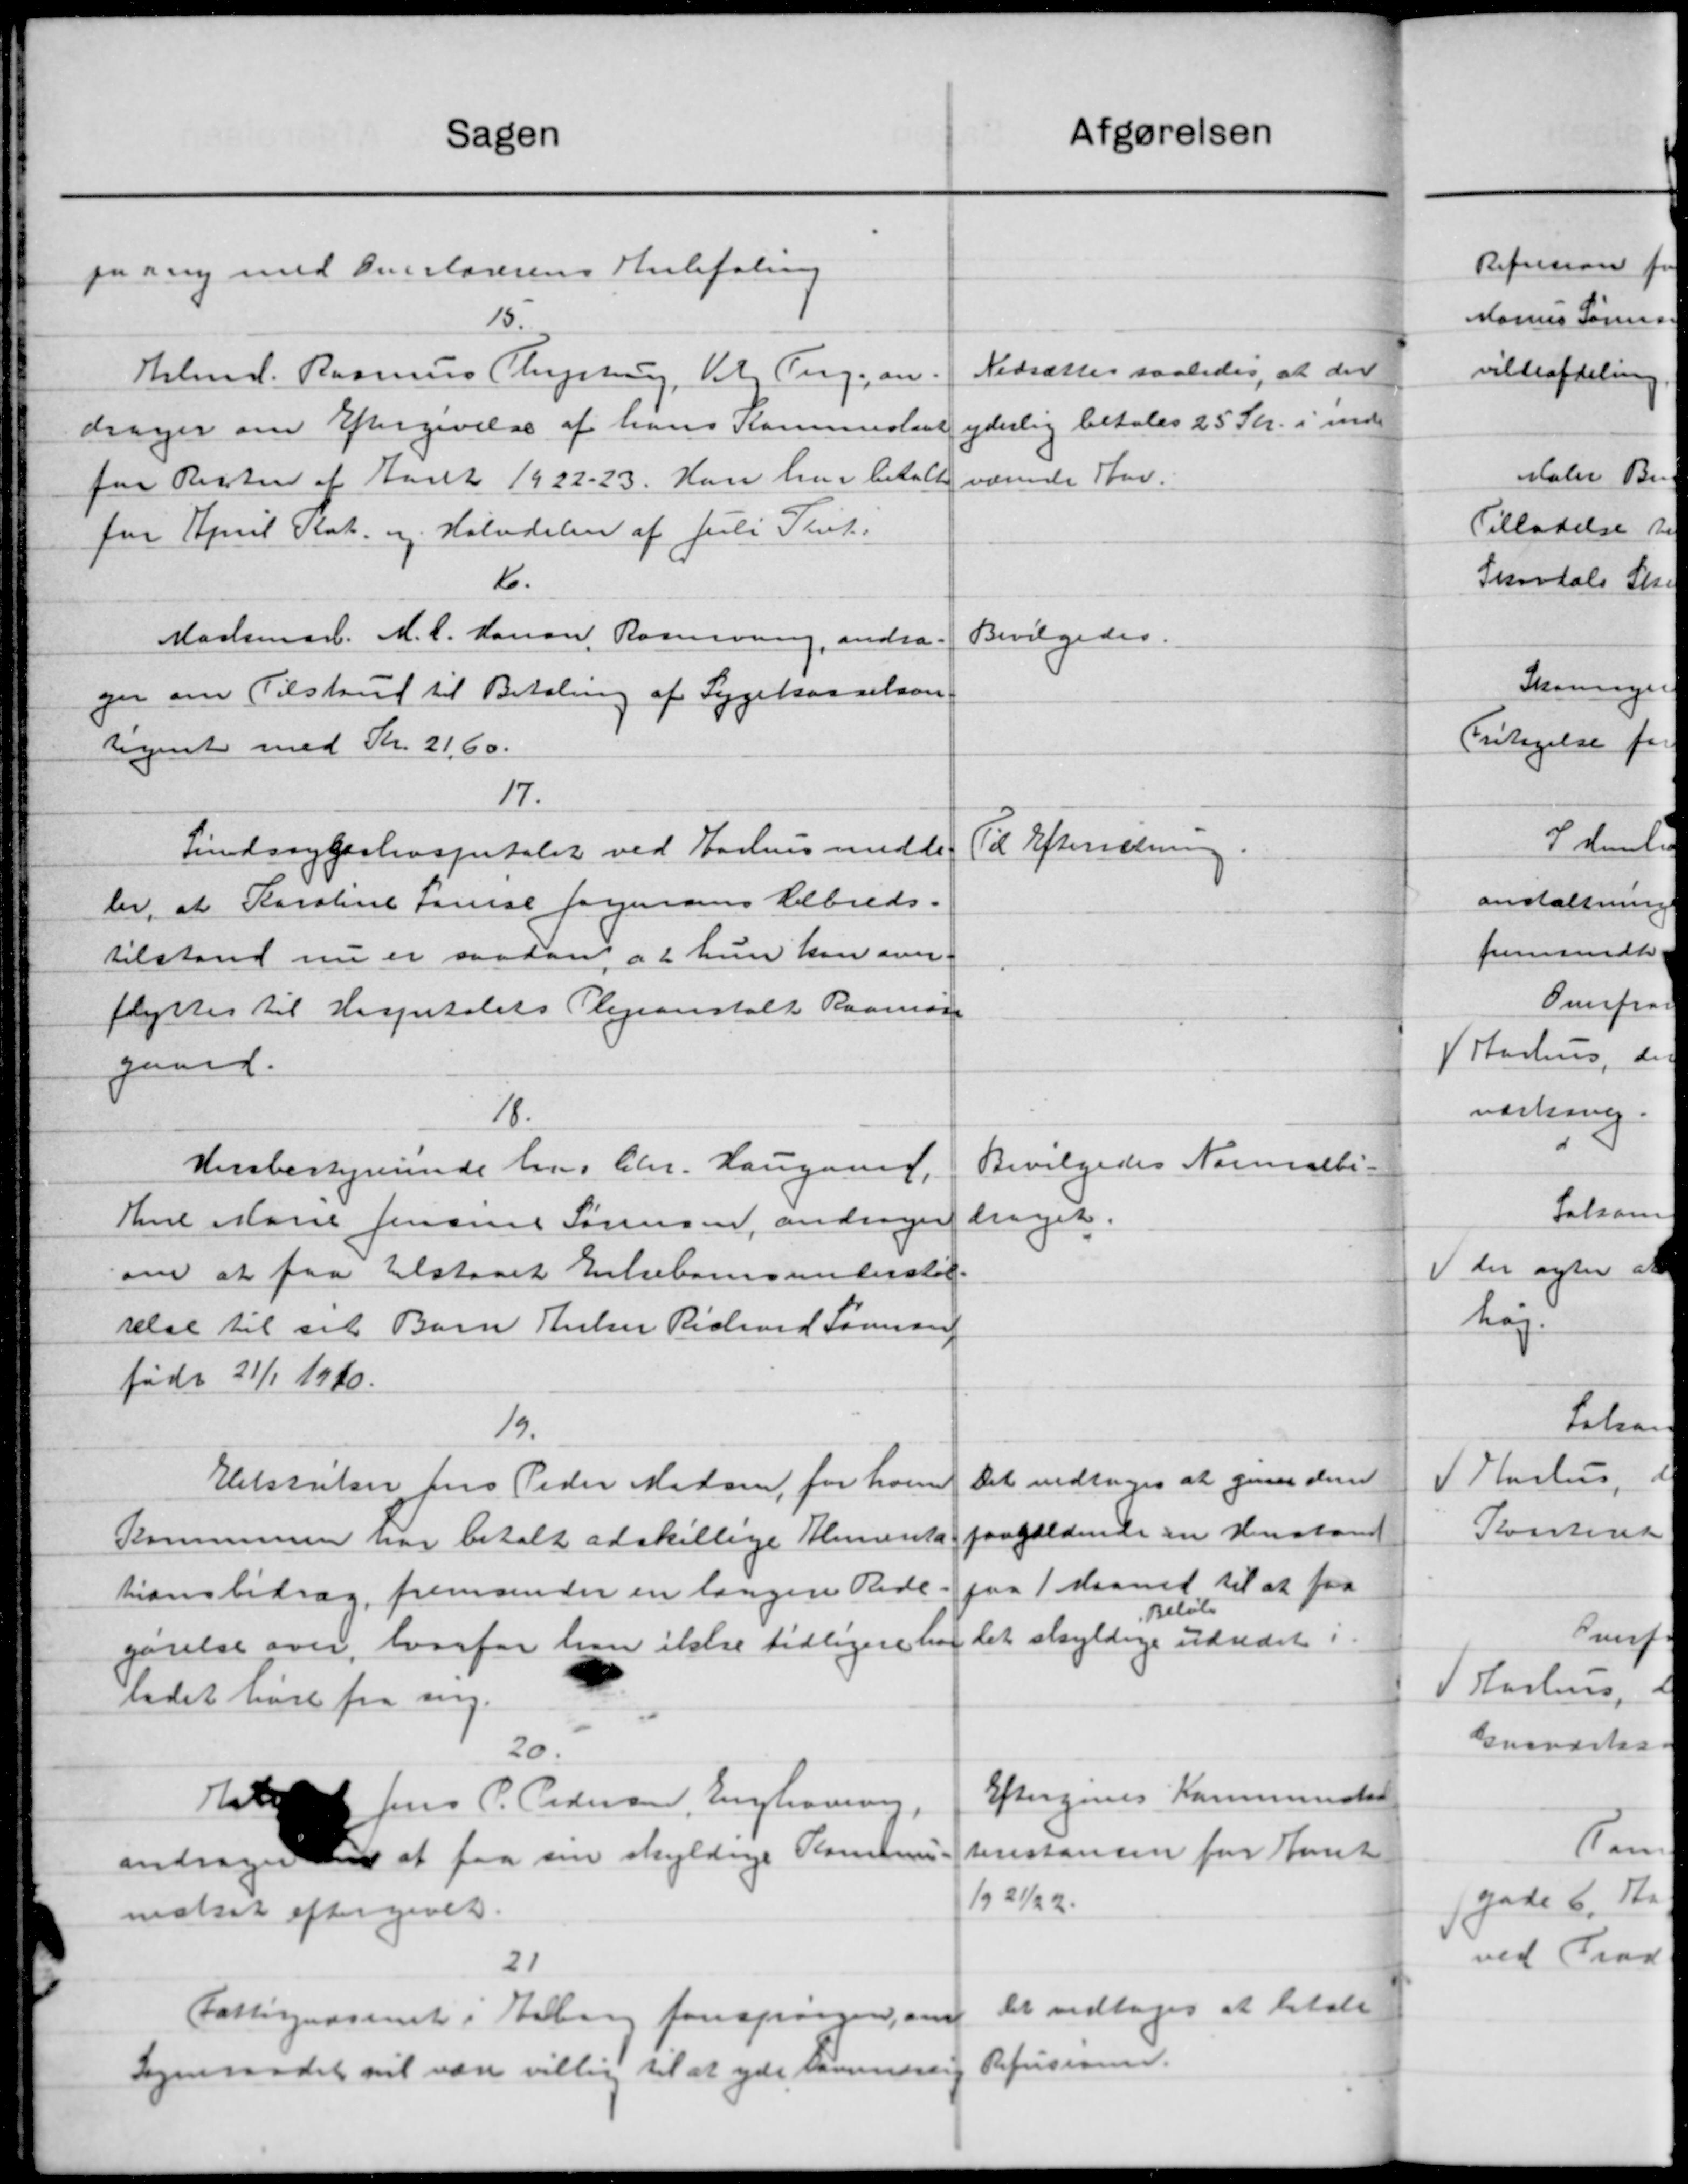
Transskription:
Sagen
paany med Overlærerens Anbefaling
15.
Kbmd. Rasmus Thystrup, Vilg. Pergam
drager om Eftergivelse af hans Kommislant
fra Resten af Aaret 1922-23. Han har betalte
for April Kat. og Halvdelen af Juli Thist.
6.
Madsmed. M. C. Hansen, Rasmusen, andra-
ger om Tilskud til Betaling af Sygekasselsan
tegnet med Kr. 21,60.
17.
Sundssygehospitalet ved Aarhus medde
ler, at Karoline Louise Jørgensens Albreds.
tilstand nu er saadan at hun kan over
flyttes til Hospitalets Plejeanstalt Raaman
gaard.
18.
Husbestyrerinde har Chr. Haugaard,
Thel Marie Jensine Sørensen, andrager
om at faa tilstaaet Enkebørnsunderstøt-
relse til sit Barn Helen Richard Sørensen
født 21/1 1910.
1/9.
Eistriker Jens Peder Madsen, for han
Kommunen har betalt adskillige Alimenta
tionsbidrag fremsender en langere Rede
gørelse over, hvorfor han ikke tidligere ha
udet høre fra ang.
20.
Et Jens P. Pedersen, Englevering,
andrager at faa sin skyldige Kommune
neskat eftergivet.
21
Fattigvæsenet i Esberg forespørger, om
Sogneraadet vil være villig til at yde Sammersig